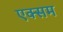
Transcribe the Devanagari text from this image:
एक्सम